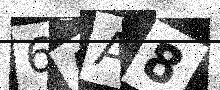
Text: 6AA8